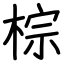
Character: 棕